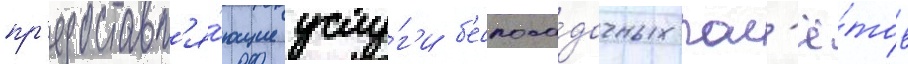
пр'едоставл'я́ющие услу́г'и б'еспоса́дочных пол'ё́тов